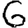
Digit: 6